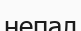
непал